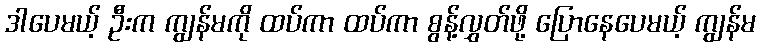
ဒါပေမယ့် ဦးက ကျွန်မကို ထပ်ကာ ထပ်ကာ စွန့်လွှတ်ဖို့ ပြောနေပေမယ့် ကျွန်မ